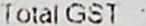
TOTAL GST :